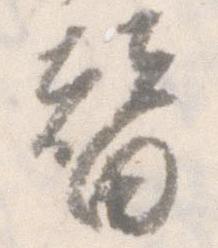
替